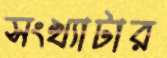
সংখ্যাটার